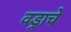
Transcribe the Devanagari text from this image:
वड्राचे